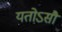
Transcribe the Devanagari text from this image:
यतोऽसौ